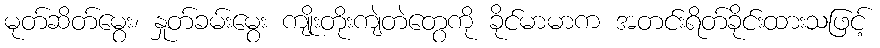
မုတ်ဆိတ်မွေး၊ နှုတ်ခမ်းမွေး ကျိုးတိုးကျဲတဲတွေကို ခိုင်မာမာက အတင်းရိတ်ခိုင်းထားသဖြင့်